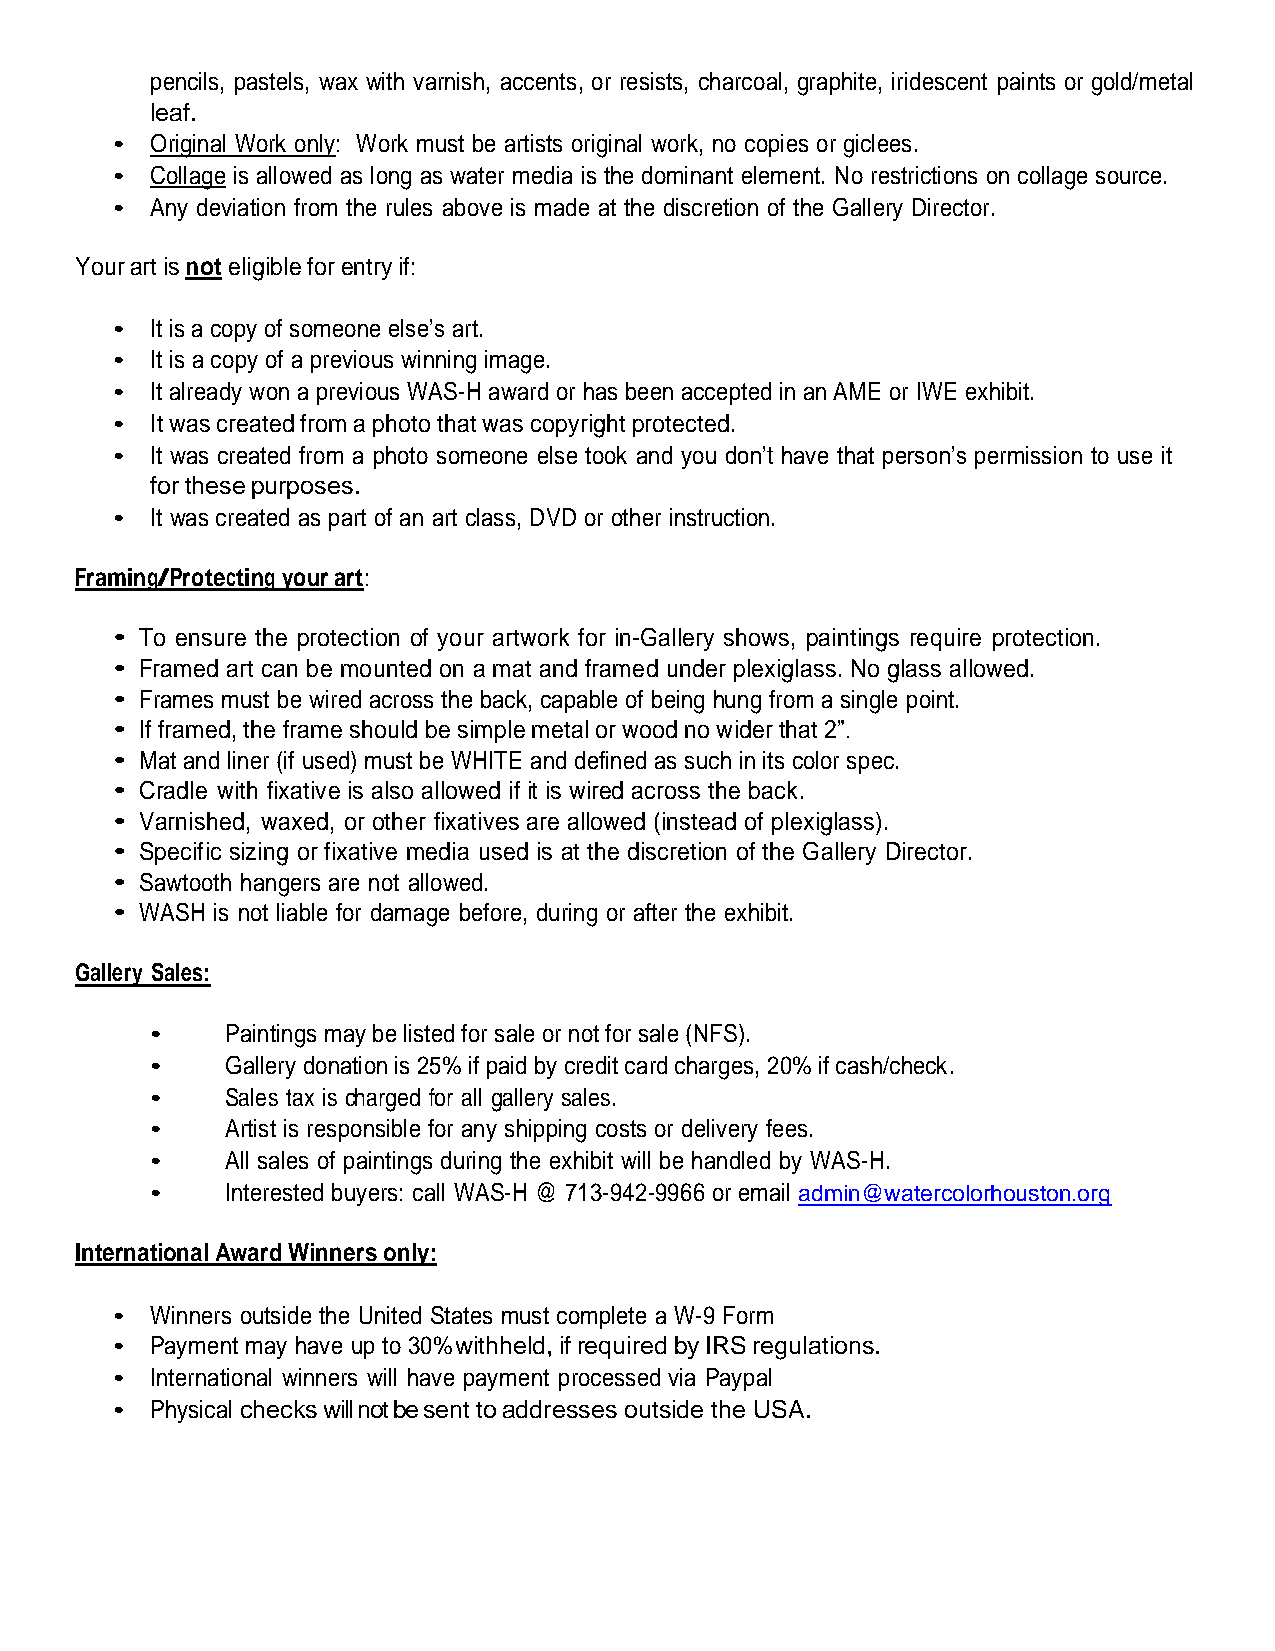
pencils, pastels, wax with varnish, accents, or resists, charcoal, graphite, iridescent paints or gold/metal
 leaf.
 •  Original Work only: Work must be artists original work, no copies or giclees.
 •  Collage is allowed as long as water media is the dominant element. No restrictions on collage source.
 •  Any deviation from the rules above is made at the discretion of the Gallery Director.
 Your art is not eligible for entry if:
 •  It is a copy of someone else’s art.
 •  It is a copy of a previous winning image.
 •  It already won a previous WAS-H award or has been accepted in an AME or IWE exhibit.
 •  It was created from a photo that was copyright protected.
 •  It was created from a photo someone else took and you don’t have that person’s permission to use it
 for these purposes.
 •  It was created as part of an art class, DVD or other instruction.
 Framing/Protecting your art:
 • To ensure the protection of your artwork for in-Gallery shows, paintings require protection.
 • Framed art can be mounted on a mat and framed under plexiglass. No glass allowed.
 • Frames must be wired across the back, capable of being hung from a single point.
 • If framed, the frame should be simple metal or wood no wider that 2”.
 • Mat and liner (if used) must be WHITE and defined as such in its color spec.
 • Cradle with fixative is also allowed if it is wired across the back.
 • Varnished, waxed, or other fixatives are allowed (instead of plexiglass).
 • Specific sizing or fixative media used is at the discretion of the Gallery Director.
 • Sawtooth hangers are not allowed.
 • WASH is not liable for damage before, during or after the exhibit.
 Gallery Sales:
 •    Paintings may be listed for sale or not for sale (NFS).
 •    Gallery donation is 25% if paid by credit card charges, 20% if cash/check.
 •    Sales tax is charged for all gallery sales.
 •    Artist is responsible for any shipping costs or delivery fees.
 •    All sales of paintings during the exhibit will be handled by WAS-H.
 •    Interested buyers: call WAS-H @ 713-942-9966 or email admin@watercolorhouston.org
 International Award Winners only:
 •  Winners outside the United States must complete a W-9 Form
 •  Payment may have up to 30% withheld, if required by IRS regulations.
 •  International winners will have payment processed via Paypal
 •  Physical checks will not be sent to addresses outside the USA.